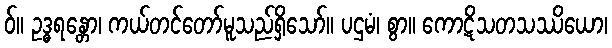
ဝ်။ ဥဒ္ဓရန္တော၊ ကယ်တင်တော်မူသည်ရှိသော်။ ပဌမံ၊ စွာ။ ကောဋိသတသဿိယော၊